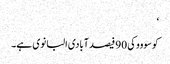
‘
کوسووو کی 90 فیصد آبادی البانوی ہے۔